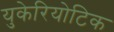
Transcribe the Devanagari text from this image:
युकेरियोटिक